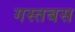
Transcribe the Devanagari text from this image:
गस्तबस